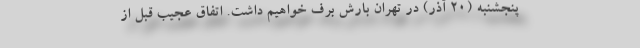
پنجشنبه (۲۰ آذر) در تهران بارش برف خواهیم داشت. اتفاق عجیب قبل از